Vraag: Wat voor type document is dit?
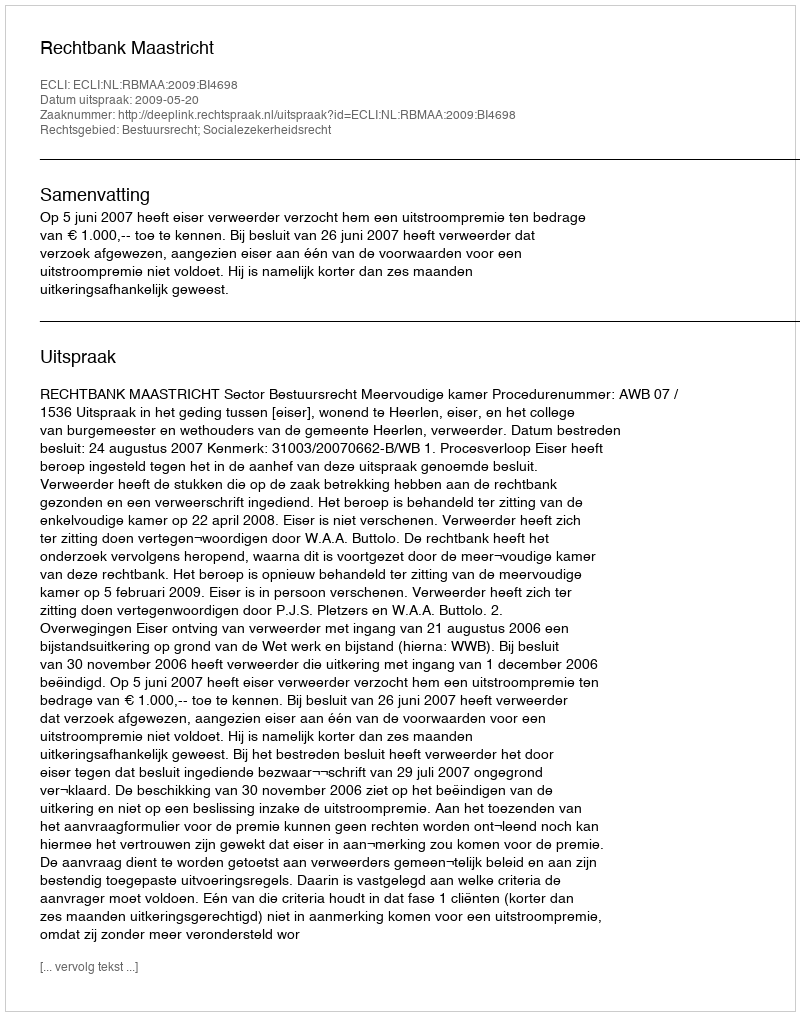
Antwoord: Uitspraak